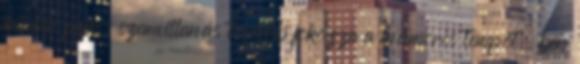
minden pajkos szemvillanás tovább fokozza a mámoros tempót. ben